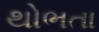
થોભતા